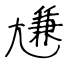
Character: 尲